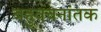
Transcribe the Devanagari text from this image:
बहुवचनांतक